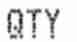
QTY